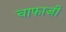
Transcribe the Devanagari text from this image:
चाफाजी